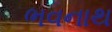
ભવનાથ